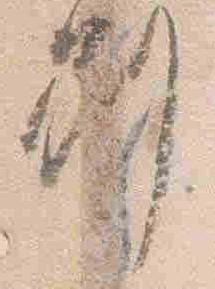
別